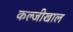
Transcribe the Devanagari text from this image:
कल्जीखाल